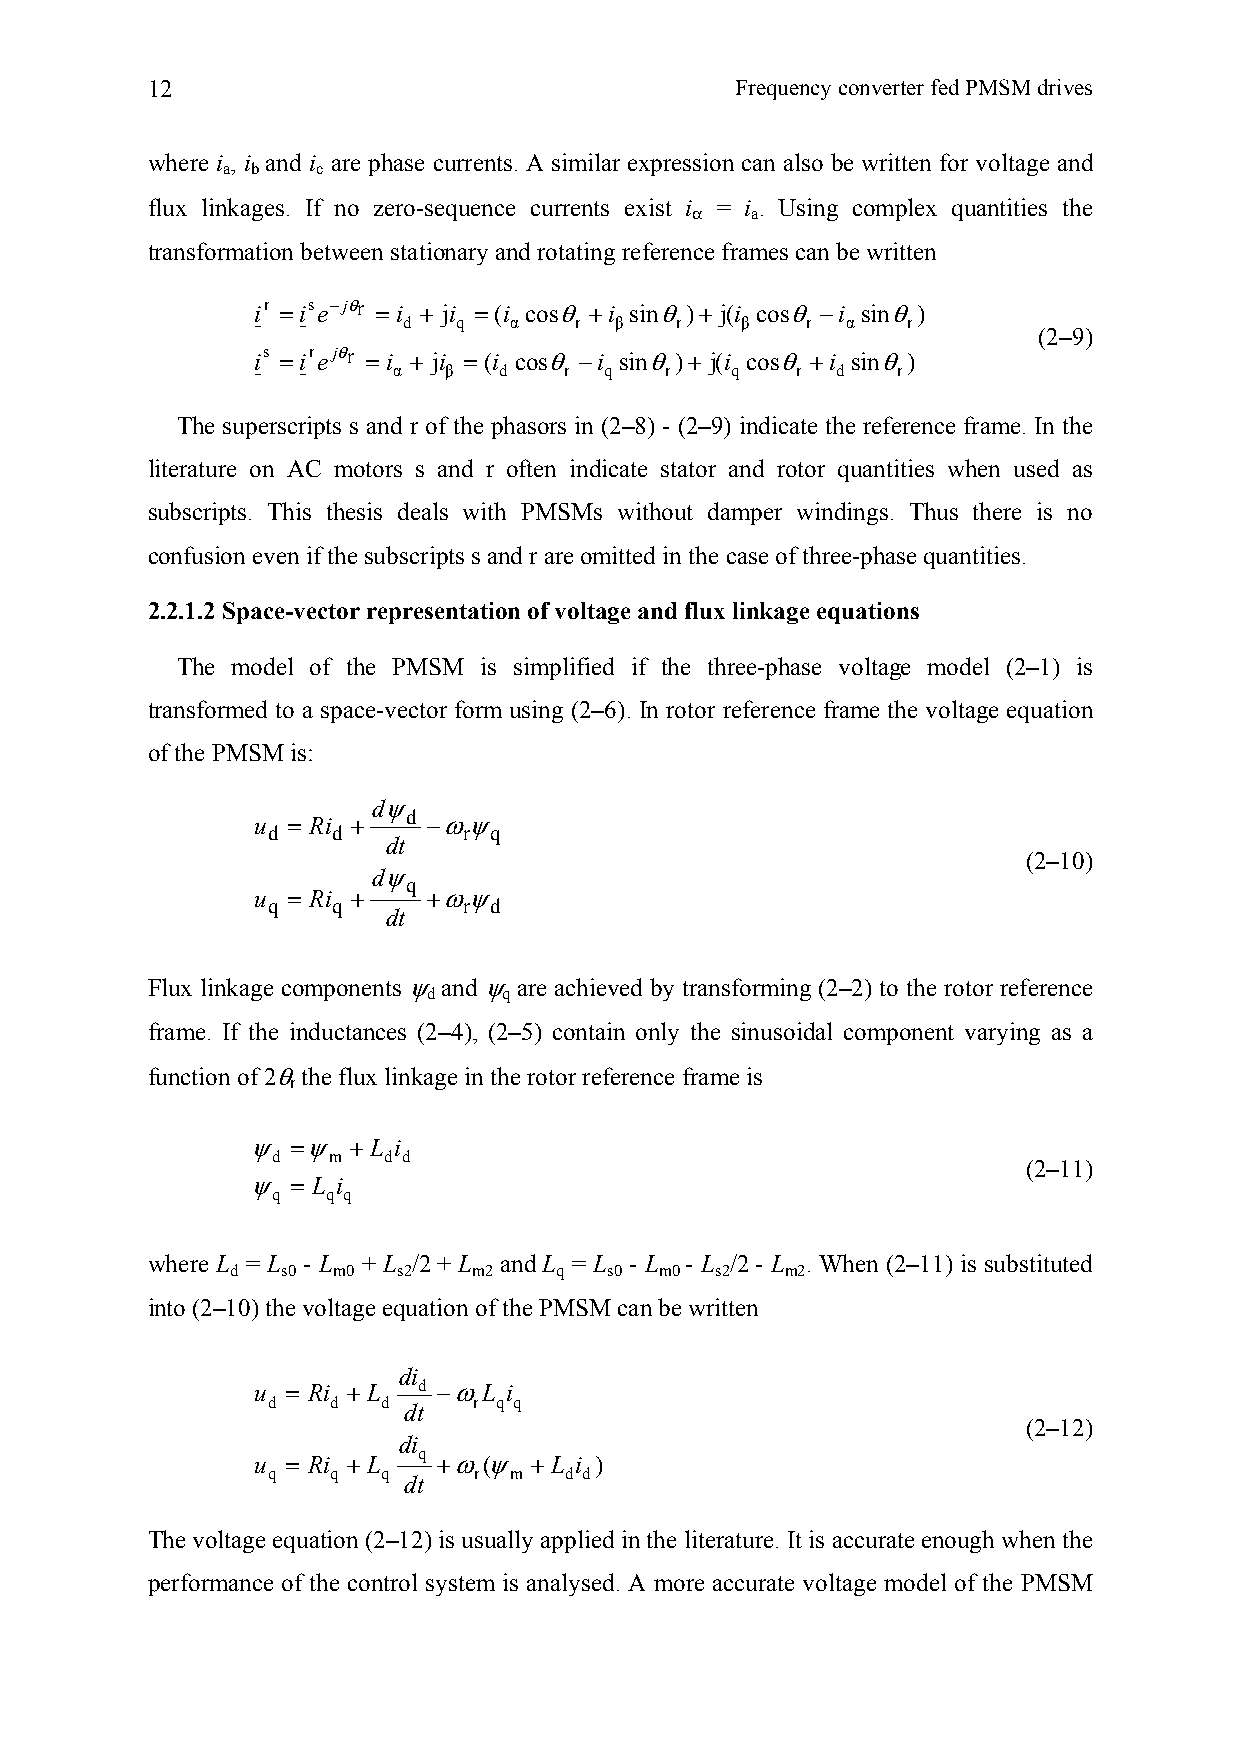
12                                     Frequency converter fed PMSM drives
 where i , i and i are phase currents. A similar expression can also be written for voltage and
 a b   c
 flux linkages. If no zero-sequence currents exist iα = i a. Using complex quantities the
 transformation between stationary and rotating reference frames can be written
 ir =ise−jθr =i + ji =(i cosθ +i sinθ)+ j(i cosθ −i sinθ)
 d  q   α   r  β   r   β   r  α   r
 (2–9)
 is =irejθr =i + ji =(i cosθ −i sinθ)+ j(i cosθ +i sinθ)
 α  β   d   r  q   r   q    r d   r
 The superscripts s and r of the phasors in (2–8) - (2–9) indicate the reference frame. In the
 literature on AC motors s and r often indicate stator and rotor quantities when used as
 subscripts. This thesis deals with PMSMs without damper windings. Thus there is no
 confusion even if the subscripts s and r are omitted in the case of three-phase quantities.
 2.2.1.2 Space-vector representation of voltage and flux linkage equations
 The model of the PMSM is simplified if the three-phase voltage model (2–1) is
 transformed to a space-vector form using (2–6). In rotor reference frame the voltage equation
 of the PMSM is:
 dψ
 u = Ri +  d −ωψ
 d   d        r q
 dt
 (2–10)
 dψ
 u = Ri +  q +ωψ
 q   q        r d
 dt
 Flux linkage components ψ and ψ are achieved by transforming (2–2) to the rotor reference
 d    q
 frame. If the inductances (2–4), (2–5) contain only the sinusoidal component varying as a
 function of 2θ the flux linkage in the rotor reference frame is
 r
 ψ =ψ  + L i
 d   m  d d
 (2–11)
 ψ = L i
 q   q q
 where L = L - L + L /2+ L andL = L - L - L /2- L . When (2–11) is substituted
 d   s0 m0  s2   m2    q  s0  m0 s2   m2
 into (2–10) the voltage equation of the PMSM can be written
 di
 u = Ri +L  d −ωL i
 d   d  d     r q q
 dt
 (2–12)
 di
 u = Ri +L  q +ω(ψ + L i )
 q   q  q     r  m  d d
 dt
 The voltage equation (2–12) is usually applied in the literature. It is accurate enough when the
 performance of the control system is analysed. A more accurate voltage model of the PMSM